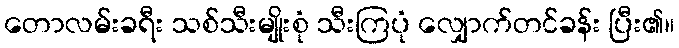
တောလမ်းခရီး သစ်သီးမျိုးစုံ သီးကြပုံ လျှောက်တင်ခန်း ပြီး၏။